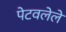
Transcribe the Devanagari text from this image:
पेटवलेले